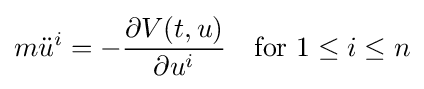
m{\ddot {u}}^{i}=-{\frac {\partial V(t,u)}{\partial u^{i}}}\quad {\text{for }}1\leq i\leq n